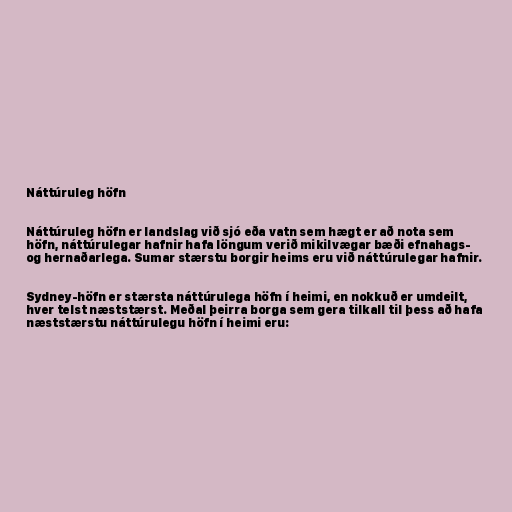
Náttúruleg höfn

Náttúruleg höfn er landslag við sjó eða vatn sem hægt er að nota sem
höfn, náttúrulegar hafnir hafa löngum verið mikilvægar bæði efnahags-
og hernaðarlega. Sumar stærstu borgir heims eru við náttúrulegar hafnir.

Sydney-höfn er stærsta náttúrulega höfn í heimi, en nokkuð er umdeilt,
hver telst næststærst. Meðal þeirra borga sem gera tilkall til þess að hafa
næststærstu náttúrulegu höfn í heimi eru: